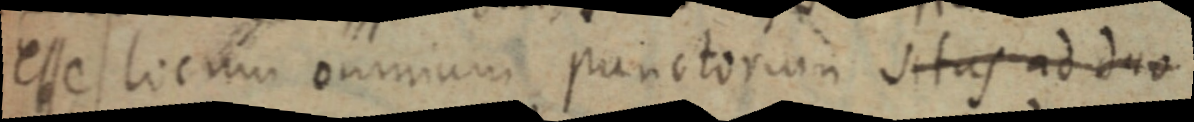
esse locum omnium punctorum sitas ad duo